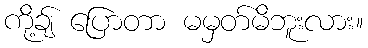
ကို့ချ် ပြောတာ မမှတ်မိဘူးလား။